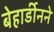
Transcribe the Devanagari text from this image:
बेहार्डीनने